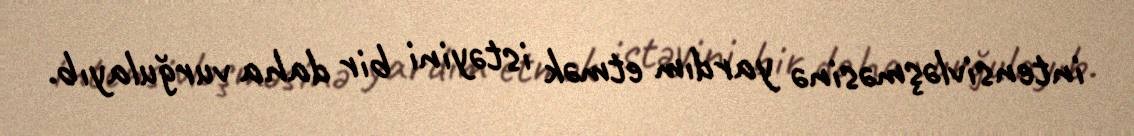
intensivləşməsinə yardım etmək istəyini bir daha vurğulayıb.